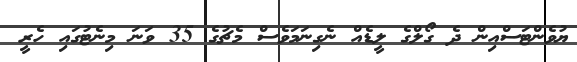
ޔުވެންޓަސްއިން ދެ ގޯލްގެ ލީޑެއް ނެގިނަމަވެސް މެޗުގެ 35 ވަނަ މިނެޓުގައި ހެރީ